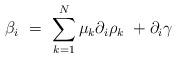
LaTeX: \begin{align*}\beta_i \ = \ \sum_{k=1}^{N} \mu_k \partial_i \rho_k\ + \partial_i \gamma\end{align*}